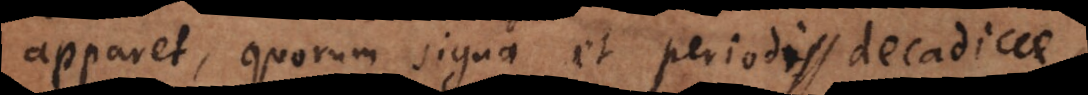
apparet, quorum signa et periodi decadicae